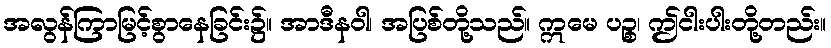
အလွန်ကြာမြင့်စွာနေခြင်း၌။ အာဒီနဝါ၊ အပြစ်တို့သည်။ ဣမေ ပဉ္စ၊ ဤငါးပါးတို့တည်း။